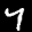
Label: 7